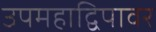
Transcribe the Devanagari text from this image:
उपमहाद्विपावर